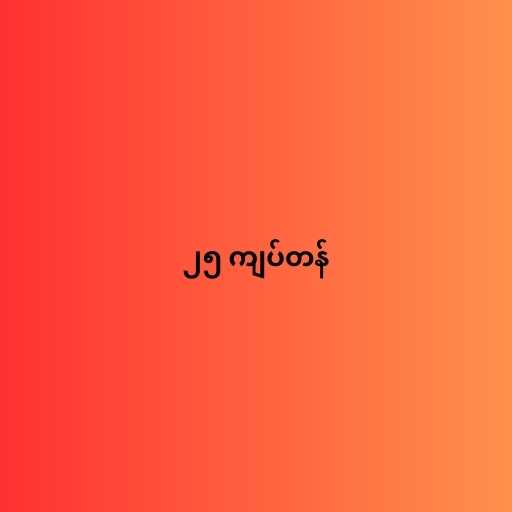
၂၅ ကျပ်တန်